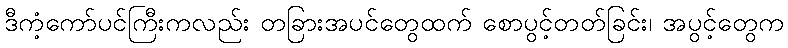
ဒီကံ့ကော်ပင်ကြီးကလည်း တခြားအပင်တွေထက် စောပွင့်တတ်ခြင်း၊ အပွင့်တွေက